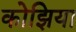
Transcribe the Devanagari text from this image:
कोझिया